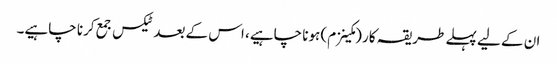
ان کے لیے پہلے طریقہ کار (مکینزم) ہونا چاہیے، اس کے بعد ٹیکس جمع کرنا چاہیے۔